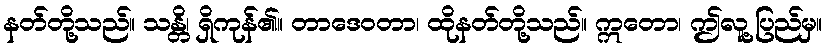
နတ်တို့သည်။ သန္တိ၊ ရှိကုန်၏။ တာဒေဝတာ၊ ထိုနတ်တို့သည်။ ဣတော၊ ဤလူ့ပြည်မှ။